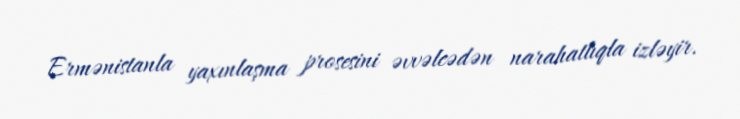
Ermənistanla yaxınlaşma prosesini əvvəlcədən narahatlıqla izləyir.